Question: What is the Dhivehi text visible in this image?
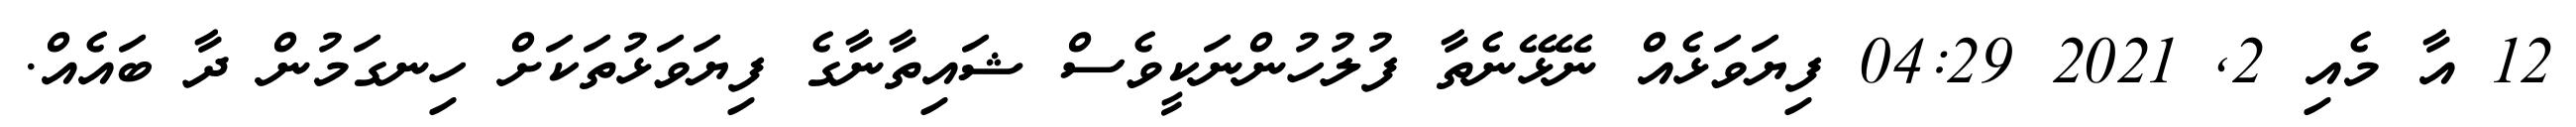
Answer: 12 އާ މެއި 2, 2021 04:29 ފިޔަވަޅެއް ނޭޅޭނެތާ ފުލުހުންނަކީވެސް ޝައިތާނާގެ ފިޔަވަޅުތަކަށް ހިނގަމުން ދާ ބައެއް.